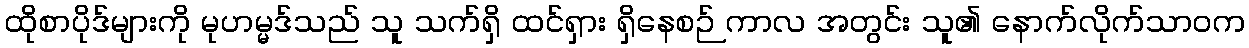
ထိုစာပိုဒ်များကို မုဟမ္မဒ်သည် သူ သက်ရှိ ထင်ရှား ရှိနေစဉ် ကာလ အတွင်း သူ၏ နောက်လိုက်သာဝက